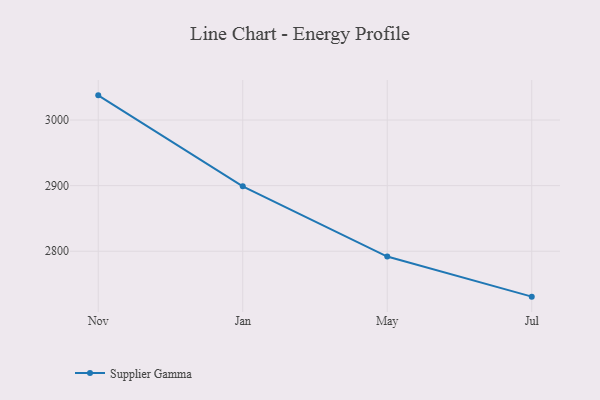
{"axis": {"x": "Month", "y": "Production Output"}, "legend": ["Supplier Gamma"], "data": [{"x": "Nov", "y": 3037.6, "type": "Supplier Gamma"}, {"x": "Jan", "y": 2899.0, "type": "Supplier Gamma"}, {"x": "May", "y": 2791.9, "type": "Supplier Gamma"}, {"x": "Jul", "y": 2730.8, "type": "Supplier Gamma"}]}